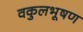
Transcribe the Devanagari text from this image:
वकुलभूषण